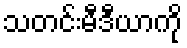
သတင်းမီဒီယာကို